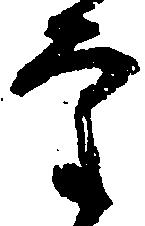
審